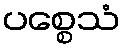
ပစ္စေသံ